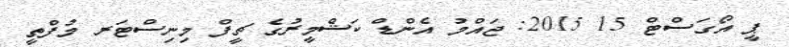
ޕީ އޯގަސްޓް 15 2015: ޖައްމު އެންޑް ކަޝްމީރުގެ ޗީފް މިނިސްޓަރ މުފްތީ